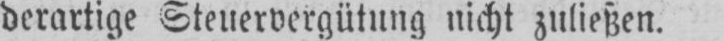
derartige Steuervergütung nicht zuließen.